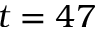
t = 4 7